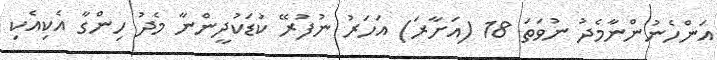
އަންހެނުންނާމެދު ނުވަތަ 18 (އަށާރަ) އަހަރު ނުފުރޭ ކުޑަކުދީންނާ މެދު ހިންގާ އެކިއެކި